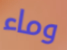
وماء